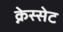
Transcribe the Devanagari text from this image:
क्नेस्सेट